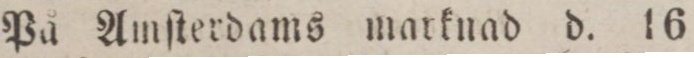
På Amſterdams marknad d. 16